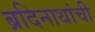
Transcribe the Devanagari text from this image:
ब्रदिनाथांची